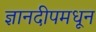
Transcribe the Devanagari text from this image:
ज्ञानदीपमधून